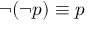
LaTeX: \neg ( \neg p ) \equiv p